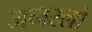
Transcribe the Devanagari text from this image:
जनरलो